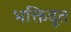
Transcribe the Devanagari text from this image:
भक्तिदूत